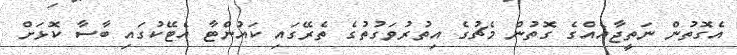
އެގޮތުން ނަތީޖާއެއްގެ ގޮތުން މެޗުގެ އިތުރުވަގުތުގެ ތެރޭގައި ކައުންޓާ އެޓޭކުގައި ބާސާ ކޮޅަށް